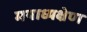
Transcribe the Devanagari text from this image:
मयाध्यक्षेण